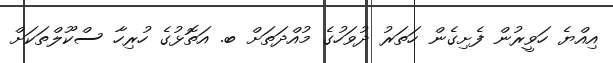
އިއްޔެ ހަވީރުން ފެށިގެން ހަތަރު ދުވަހުގެ މުއްދަތަށް ބ. އަތޮޅުގެ ހުރިހާ ސްކޫލްތަކަށް